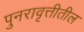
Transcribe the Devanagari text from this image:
पुनरावृत्तीतील